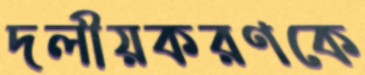
দলীয়করণকে